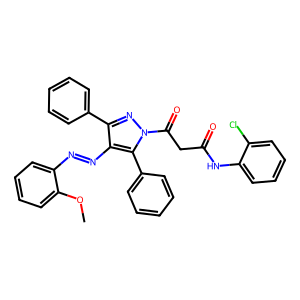
SMILES: COc1ccccc1N=Nc1c(-c2ccccc2)nn(C(=O)CC(=O)Nc2ccccc2Cl)c1-c1ccccc1
Inhibits HIV replication: No